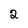
Character: 2